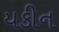
યકીન